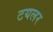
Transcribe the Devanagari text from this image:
टयलर